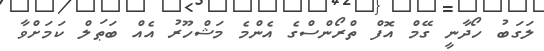
ލަގަބު ހޯދާނީ ގޭމް އޮފް ތްރޯންސްގެ އެންމެ މަޝްހޫރު އެއް ބަޠަލް ކަމަށްވާ